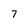
Character: 7